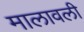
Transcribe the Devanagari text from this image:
मालावली